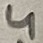
Text: 4